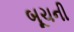
બૂચની